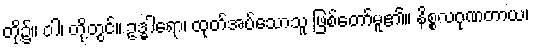
တို့၌။ ဝါ၊ တို့တွင်။ ဥဒ္ဓါရော၊ ထုတ်အပ်သောသူ ဖြစ်တော်မူ၏။ နိစ္စလဂုဏတာယ၊